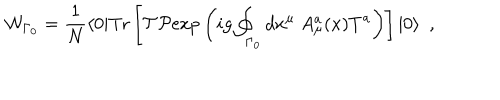
{ \cal W } _ { \Gamma { _ 0 } } = { \frac { 1 } { N } } \langle 0 | \mathrm { T r } \left[ { \cal T } { \cal P } \mathrm { e x p } \left( i g \oint _ { \Gamma { _ 0 } } d x ^ { \mu } \ A _ { \mu } ^ { a } ( x ) T ^ { a } \right) \right] | 0 \rangle \ \ ,